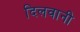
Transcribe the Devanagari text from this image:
दिलवानी